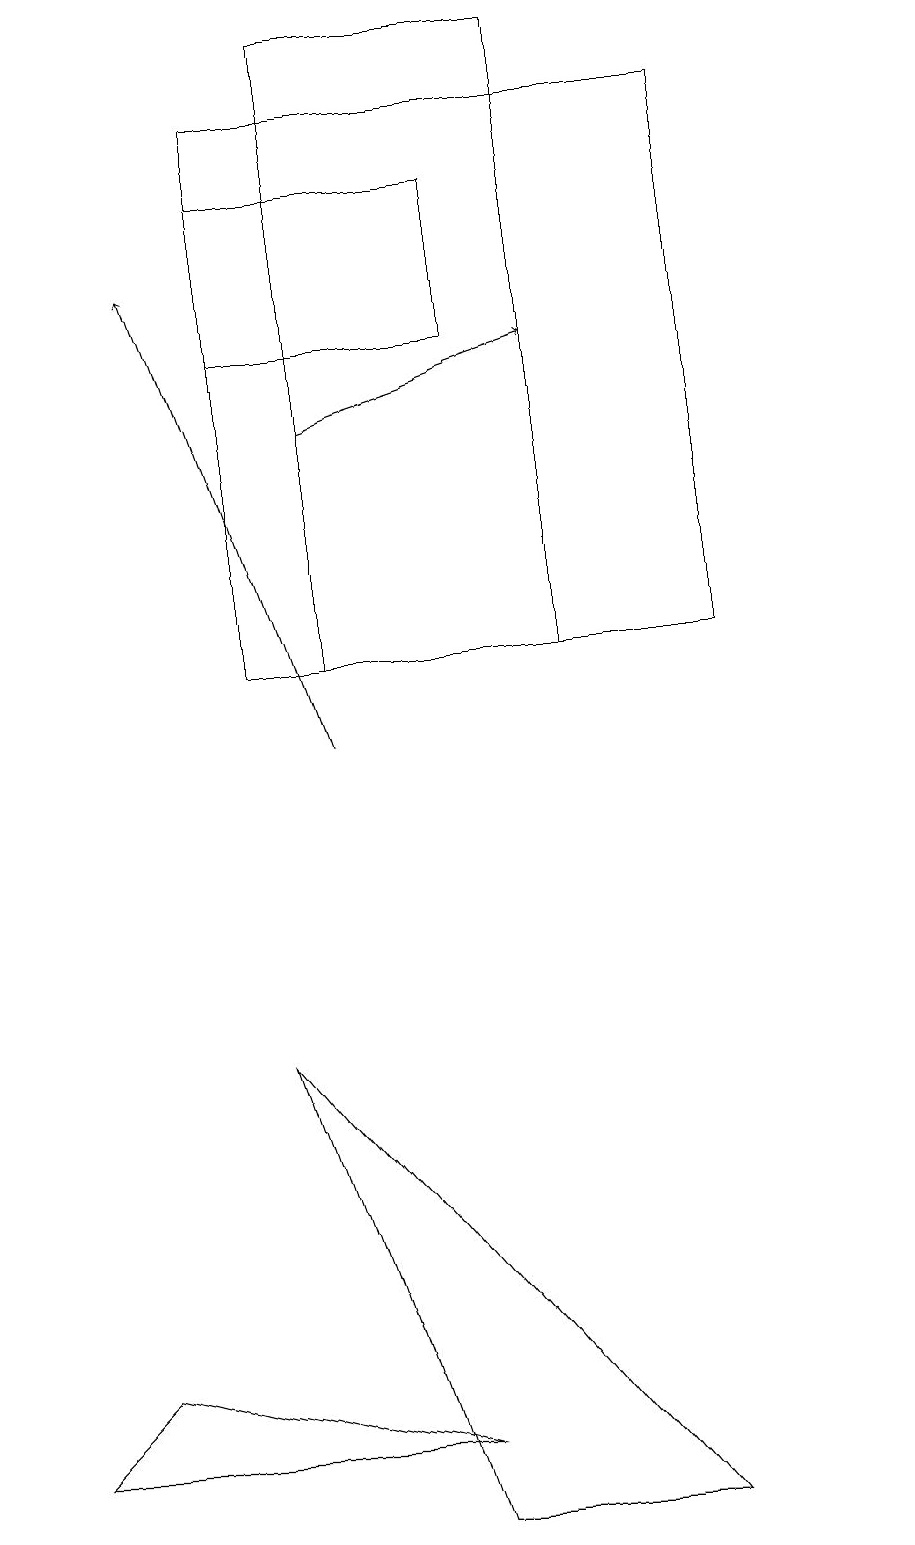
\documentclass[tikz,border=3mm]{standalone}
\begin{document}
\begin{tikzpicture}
\draw (3,18) rectangle (9,11);
\draw (11,11) circle (0);
\draw (7,11) rectangle (4,19);
\draw (5,0) -- (3,6) -- (8,0) -- cycle;
\draw[->] (4,10) -- (2,16);
\draw (1,2) -- (5,1) -- (0,1) -- cycle;
\draw (3,15) rectangle (6,17);
\draw[->] (4,14) -- (7,15);
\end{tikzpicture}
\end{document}